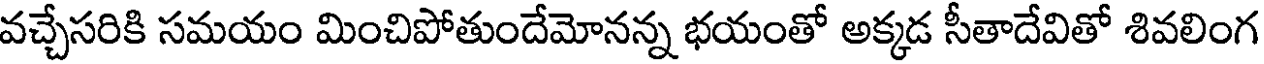
వచ్చేసరికి సమయం మించిపోతుందేమోనన్న భయంతో అక్కడ సీతాదేవితో శివలింగ